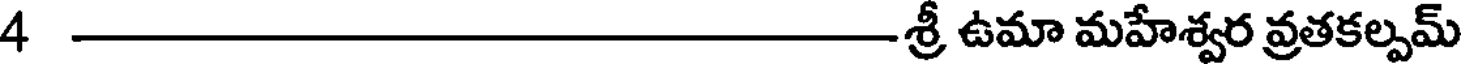
4శ్రీ ఉమా మహేశ్వర వ్రతకల్పమ్